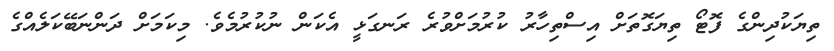
ތިޔަކުދިންގެ ފޮޓޯ ތިޔަގޮތަށް އިސްތިހާރު ކުރުމަށްވުރެ ރަނގަޅީ އެކަން ނުކުރުމެވެ. މިކަމަށް ދަންނަބޭކަލެއްގެ